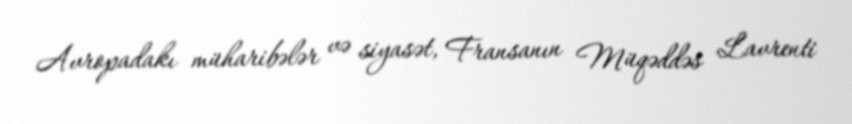
Avropadakı müharibələr və siyasət, Fransanın Müqəddəs Lavrenti